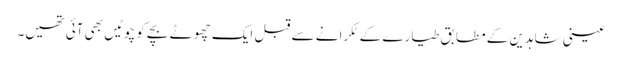
عینی شاہدین کے مطابق طیارے کے ٹکرانے سے قبل ایک چھوٹے بچے کو چوٹیں بھی آئی تھیں۔